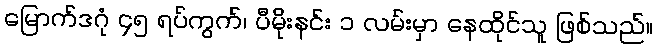
မြောက်ဒဂုံ ၄၅ ရပ်ကွက်၊ ပီမိုးနင်း ၁ လမ်းမှာ နေထိုင်သူ ဖြစ်သည်။